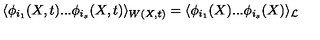
\langle \phi _ { i _ { 1 } } ( X , t ) . . . \phi _ { i _ { s } } ( X , t ) \rangle _ { W ( X , t ) } = \langle \phi _ { i _ { 1 } } ( X ) . . . \phi _ { i _ { s } } ( X ) \rangle _ { \cal L }